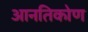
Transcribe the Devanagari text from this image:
आनतिकोण